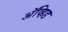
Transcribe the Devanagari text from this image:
अॅव्हिड